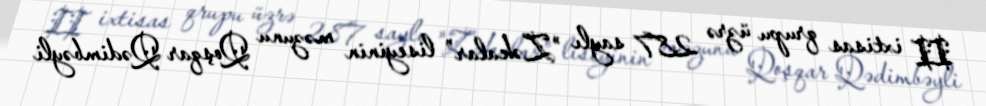
II ixtisas qrupu üzrə 287 saylı "Zəkalar" liseyinin məzunu Qoşqar Qədimbəyli